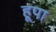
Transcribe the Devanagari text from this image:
हूपा